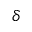
\delta